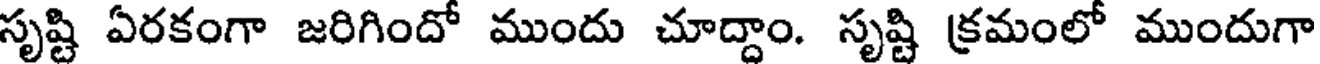
సృష్టి ఏరకంగా జరిగిందో ముందు చూద్దాం. సృష్టి క్రమంలో ముందుగా